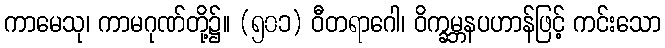
ကာမေသု၊ ကာမဂုဏ်တို့၌။ (၅၀၁) ဝီတရာဂေါ၊ ဝိက္ခမ္ဘနပဟာန်ဖြင့် ကင်းသော